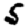
Digit: 5